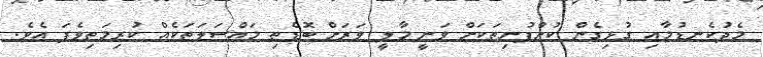
މެދުކެނޑުމާއި ގުޅިގެން ކުންފުނިތަކަށް ވަނީ މާލީ ވަރަށް ބޮޑެތި މައްސަލަތަކެއް ކުރިމަތިވެފަ އެވެ.